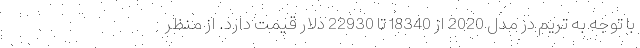
با توجه به تریم در مدل 2020 از 18340 تا 22930 دلار قیمت دارد. از منظر